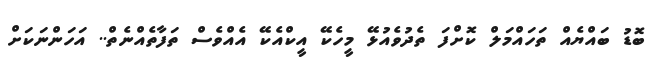
ބޮޑު ބައްޔެއް ތަހައްމަލް ކޮށްފަ ތެދުވެއުޅޭ މީހެކޭ އީކްއެކޭ އެއްވެސް ތަފާތެއްނެތް.. އަހަންނަކަށް